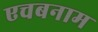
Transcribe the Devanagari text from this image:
एचबनाम